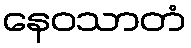
နေဝသာတံ